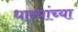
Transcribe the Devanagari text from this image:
धान्यांच्या